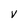
Character: V